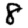
Digit: 8